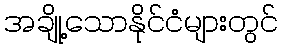
အချို့သောနိုင်ငံများတွင်